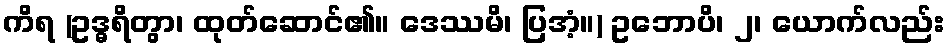
ကိရ (ဥဒ္ဓရိတွာ၊ ထုတ်ဆောင်၏။ ဒေဿမိ၊ ပြအံ့။) ဥဘောပိ၊ ၂၊ ယောက်လည်း